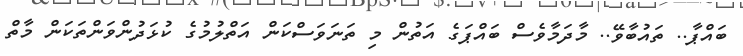
ބައްޕާ.. ތައުބާވޭ.. މާދަމާވެސް ބައްޕަގެ އަތުން މި ތަނަވަސްކަން އަތްލުމުގެ ކުޅަދުންވަންތަކަން މާތް